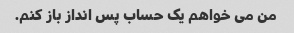
من می خواهم یک حساب پس انداز باز کنم.